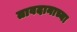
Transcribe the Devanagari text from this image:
तावदानाच्या